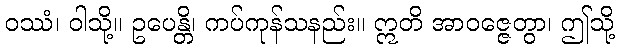
ဝဿံ၊ ဝါသို့။ ဥပေန္တိ၊ ကပ်ကုန်သနည်း။ ဣတိ အာဝဇ္ဇေတွာ၊ ဤသို့